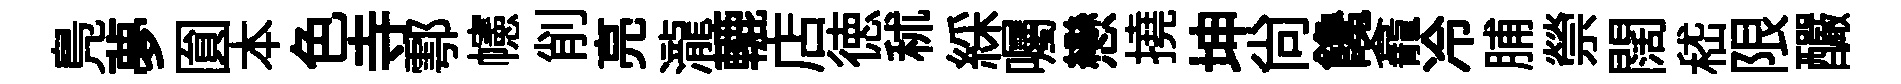
鳬夢圎本色寺鄠幰削亮瀧轆店徳秫綵囑戀撓坤尙饞龕冷脯禜闊嵇限釅